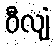
ဝီလျံ